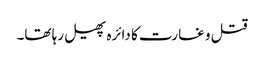
قتل و غارت کا دائرہ پھیل رہا تھا۔